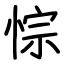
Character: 悰